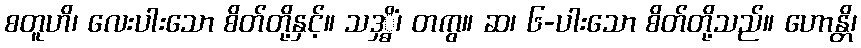
စတူဟိ၊ လေးပါးသော စိတ်တို့နှင့်။ သဒှ္ဓိံ၊ တကွ။ ဆ၊ ၆-ပါးသော စိတ်တို့သည်။ ဟောန္တိ၊